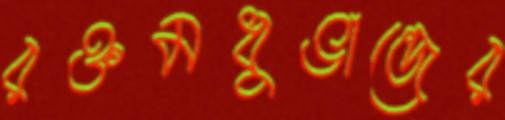
রক্তমধুভান্ডের